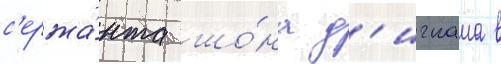
с'ержа́нта шо́на д'игнама в